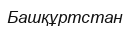
Башқұртстан